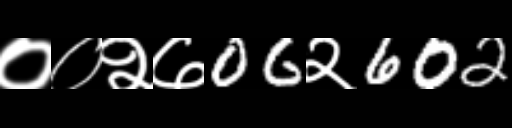
Text: ००२७06२602